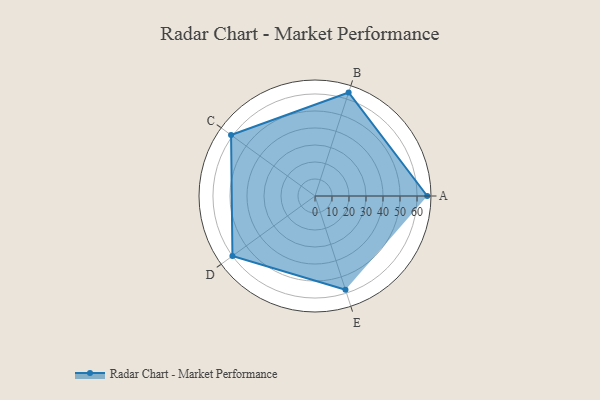
{"axis": {"x": "Skill", "y": "Score"}, "legend": ["Profile"], "data": [{"x": "A", "y": 66.0, "type": "Profile"}, {"x": "B", "y": 64.0, "type": "Profile"}, {"x": "C", "y": 61.0, "type": "Profile"}, {"x": "D", "y": 60.0, "type": "Profile"}, {"x": "E", "y": 58.0, "type": "Profile"}]}